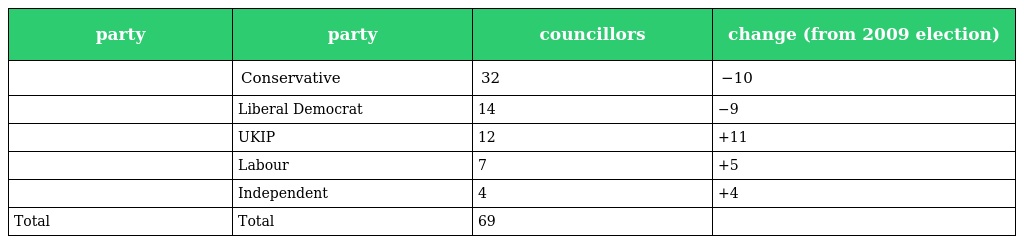
| party | party | councillors | change (from 2009 election) |
 | --- | --- | --- | --- |
 |  | Conservative | 32 | −10 |
 |  | Liberal Democrat | 14 | −9 |
 |  | UKIP | 12 | +11 |
 |  | Labour | 7 | +5 |
 |  | Independent | 4 | +4 |
 | Total | Total | 69 |  |